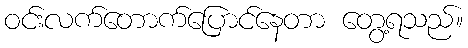
ဝင်းလက်တောက်ပြောင်နေတာ တွေ့ရသည်။